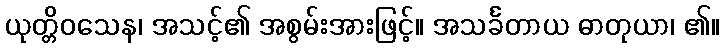
ယုတ္တိဝသေန၊ အသင့်၏ အစွမ်းအားဖြင့်။ အသင်္ခတာယ ဓာတုယာ၊ ၏။